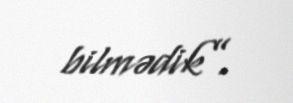
bilmədik”.